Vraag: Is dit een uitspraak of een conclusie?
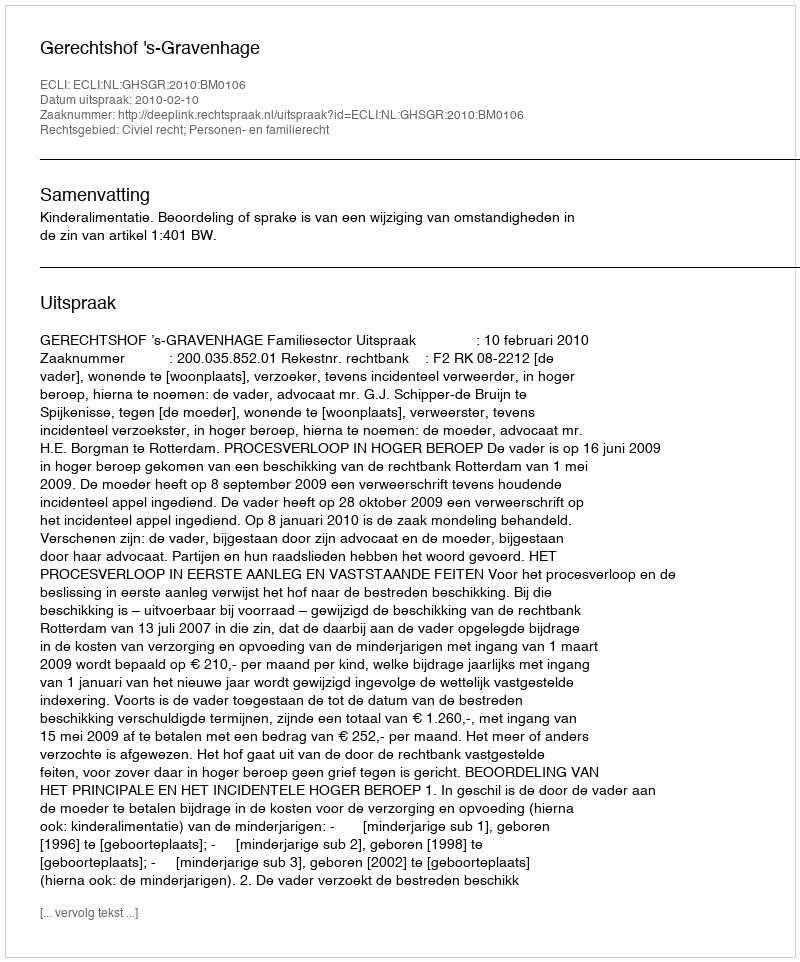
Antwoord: Uitspraak